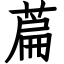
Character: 萹